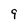
Character: 9